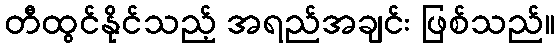
တီထွင်နိုင်သည့် အရည်အချင်း ဖြစ်သည်။